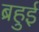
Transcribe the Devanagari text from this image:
ब्रहुई